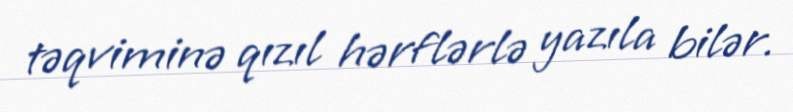
təqviminə qızıl hərflərlə yazıla bilər.